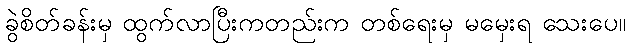
ခွဲစိတ်ခန်းမှ ထွက်လာပြီးကတည်းက တစ်ရေးမှ မမှေးရ သေးပေ။